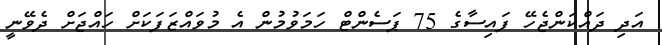
އަދި ދައްކަންޖެހޭ ފައިސާގެ 75 ޕަސެންޓް ހަމަވުމުން އެ މުވައްޒަފަކަށް ހައްޖަށް ދެވޭނީ